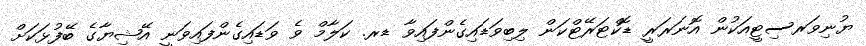
ޔުނިވަރސިޓީއަކުން އޮނަރަރީ ޑޮކްޓަރޭޓްކަން ލިބިވަޑައިގެންފައިވާ ޑރ. ކަލާމް ވެ ވަޑައިގެންފައިވަނީ އޭޝިޔާގެ ބޭފުޅަކަށް